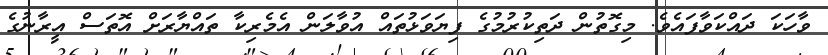
ވާހަކަ ދައްކަވާފައެވެ. މިގޮތުން ދަތިކުރުމުގެ ފިޔަވަޅުތައް އުވާލަން އެމެރިކާ ތައްޔާރަށް އޮތަސް އީރާނުގެ